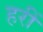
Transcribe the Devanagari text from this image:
हरीं